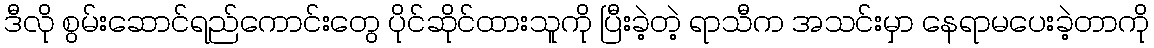
ဒီလို စွမ်းဆောင်ရည်ကောင်းတွေ ပိုင်ဆိုင်ထားသူကို ပြီးခဲ့တဲ့ ရာသီက အသင်းမှာ နေရာမပေးခဲ့တာကို